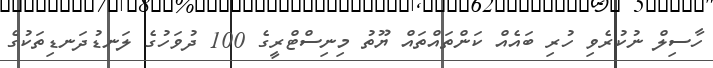
ހާސިލް ނުކުރެވި ހުރި ބައެއް ކަންތައްތައް ޔޫތު މިނިސްޓްރީގެ 100 ދުވަހުގެ ލަނޑުދަނޑިތަކުގެ